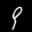
Digit: 9